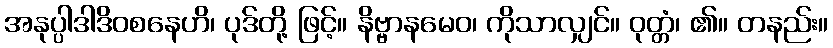
အနုပ္ပါဒါဒိဝစနေဟိ၊ ပုဒ်တို့ ဖြင့်။ နိဗ္ဗာနမေဝ၊ ကိုသာလျှင်။ ဝုတ္တံ၊ ၏။ တနည်း။